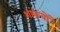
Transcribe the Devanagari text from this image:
शांकवों